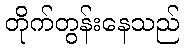
တိုက်တွန်းနေသည်